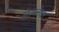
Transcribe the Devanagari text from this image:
सेल्लेक